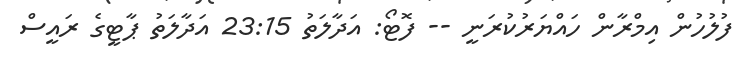
ފުލުހުން އިމްރާން ހައްޔަރުކުރަނީ -- ފޮޓޯ: އަދާލަތު 23:15 އަދާލަތު ޕާޓީގެ ރައީސް